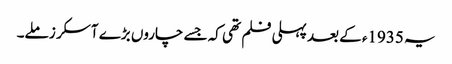
یہ 1935ء کے بعد پہلی فلم تھی کہ جسے چاروں بڑے آسکر ز ملے۔